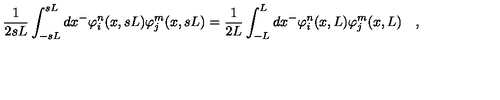
\frac { 1 } { 2 s L } \int _ { - s L } ^ { s L } d x ^ { - } \varphi _ { i } ^ { n } ( x , s L ) \varphi _ { j } ^ { m } ( x , s L ) = \frac { 1 } { 2 L } \int _ { - L } ^ { L } d x ^ { - } \varphi _ { i } ^ { n } ( x , L ) \varphi _ { j } ^ { m } ( x , L ) \quad ,